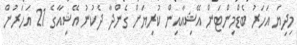
މިދިޔަ އަހަރު ބެޑްމިންޓަން އޭޝިއާއިން ކުރިޔަށް ގެންދާ ދެކުނު އޭޝިއާގެ 21 އަހަރުން